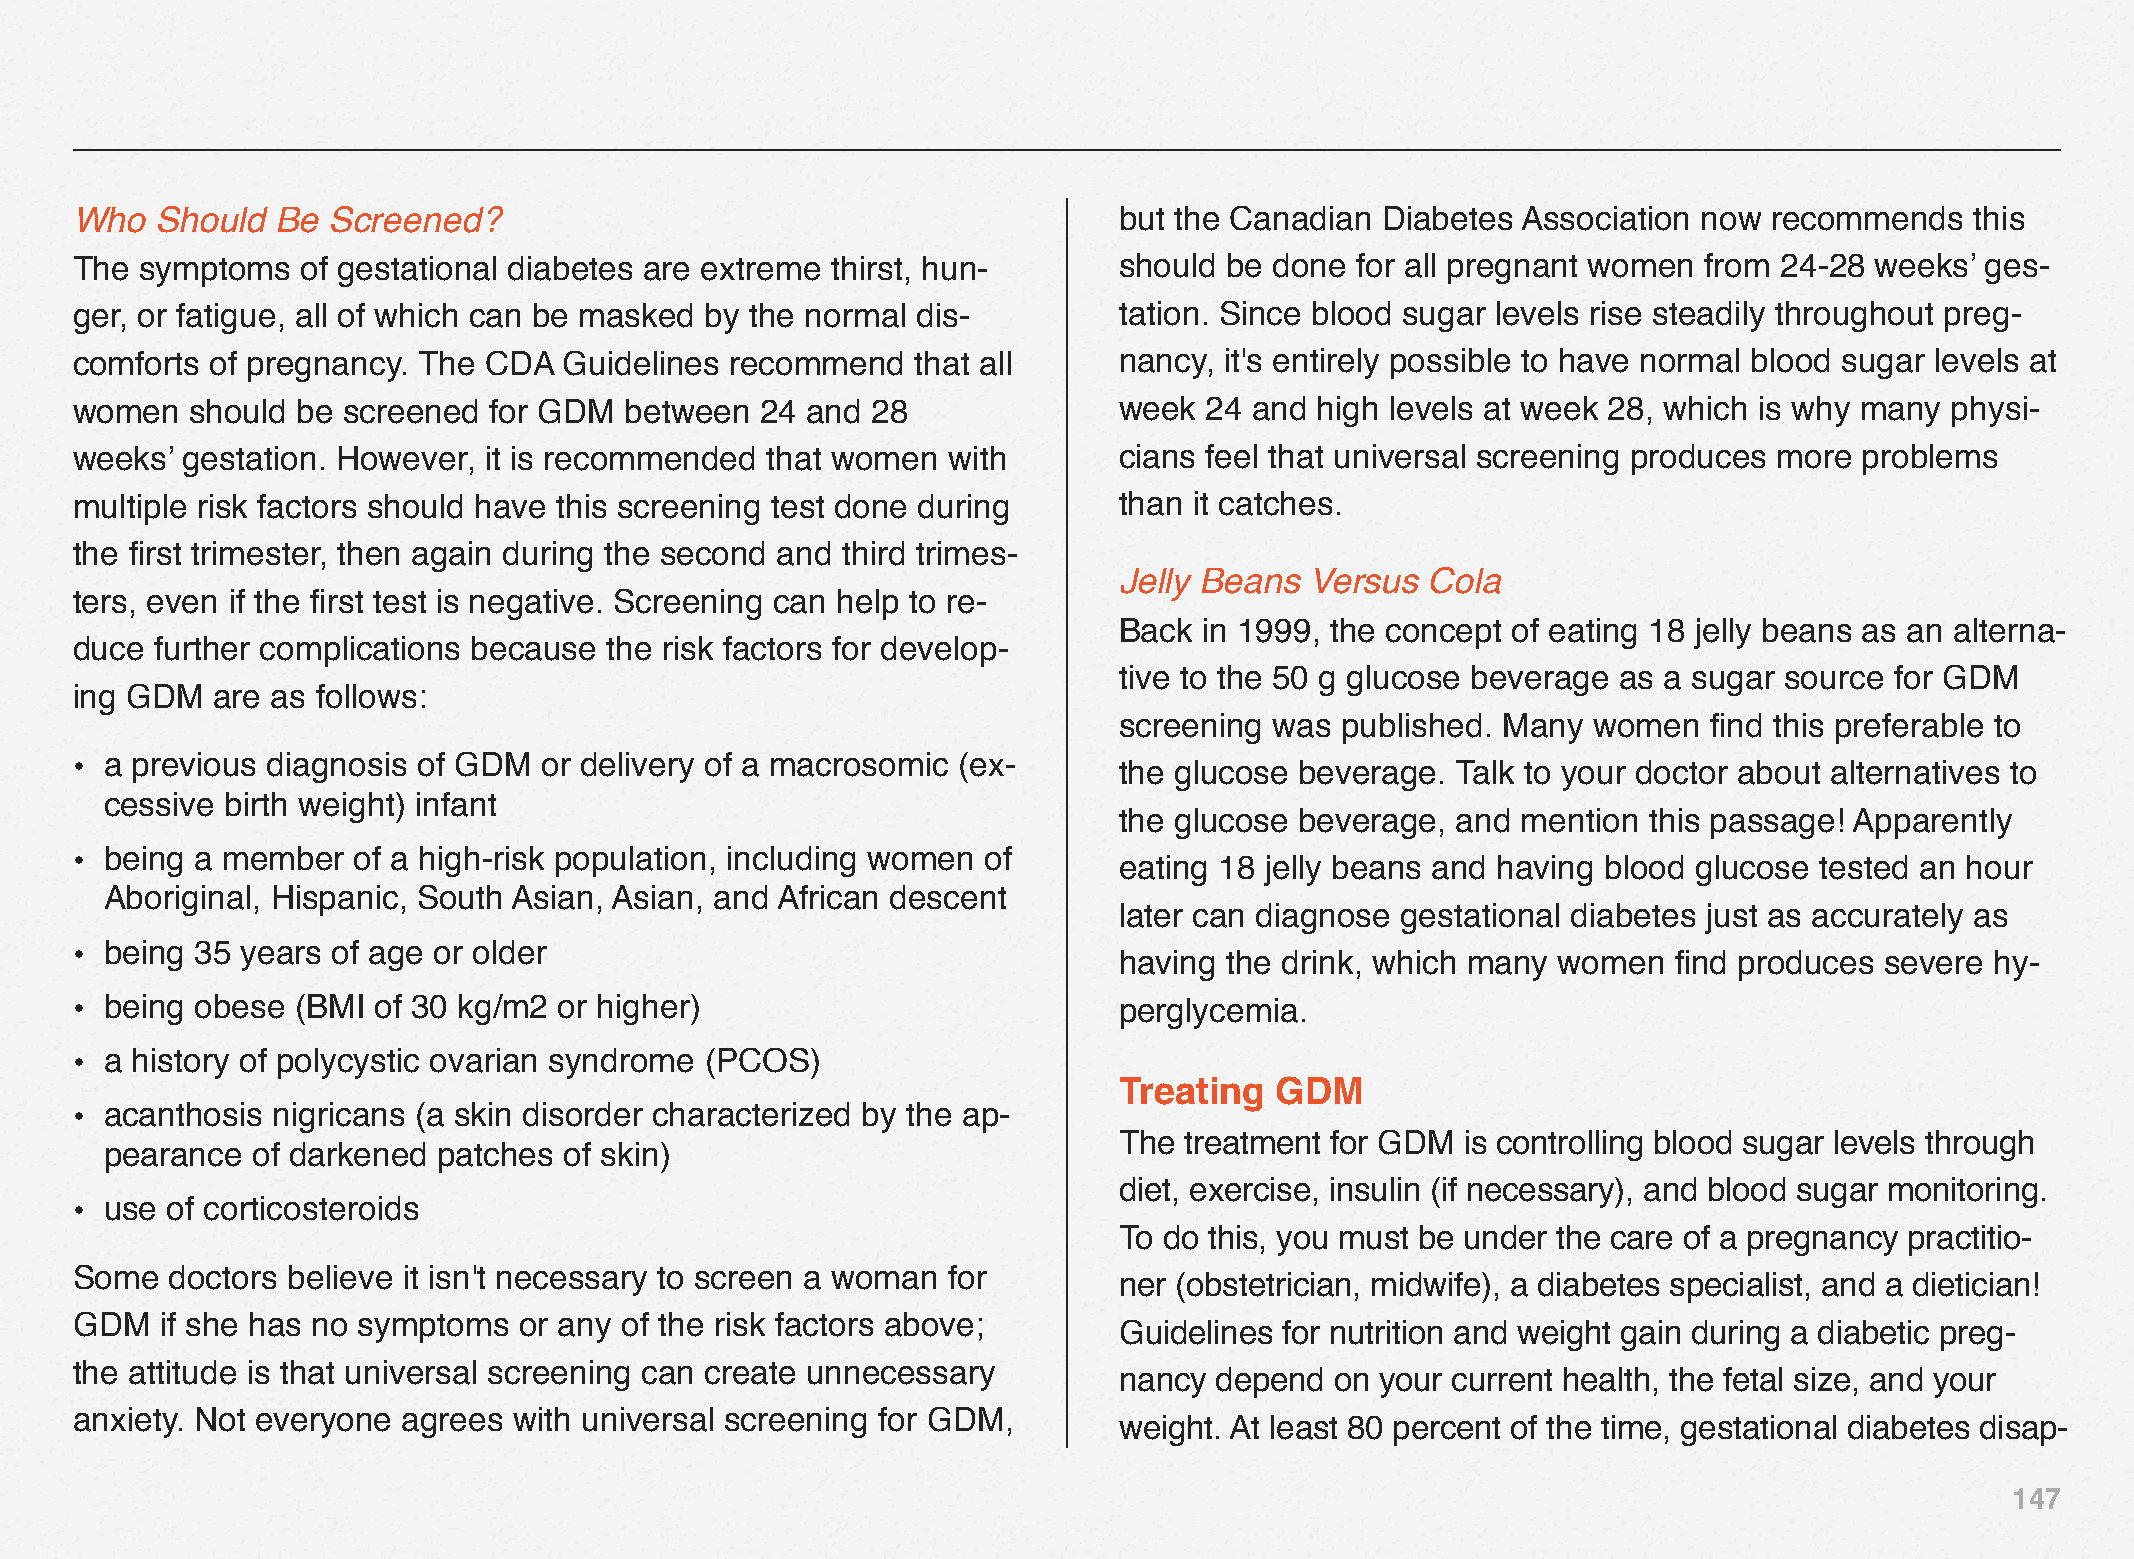
Who  Should  Be  Screened?                                           but the Canadian Diabetes  Association now recommends    this
 The symptoms   of gestational diabetes are extreme thirst, hun-      should be done  for all pregnant women from 24‒28 weeks’ ges-
 ger, or fatigue, all of which can be masked by the normal dis-       tation. Since blood sugar levels rise steadily throughout preg-
 comforts of pregnancy. The CDA  Guidelines recommend    that all     nancy, it's entirely possible to have normal blood sugar levels at
 women   should be screened for GDM  between  24 and  28              week  24 and high levels at week 28, which is why many physi-
 weeks’ gestation. However, it is recommended  that women  with       cians feel that universal screening produces more problems
 multiple risk factors should have this screening test done during    than it catches.
 the first trimester, then again during the second and third trimes-
 Jelly Beans  Versus  Cola
 ters, even if the first test is negative. Screening can help to re-
 Back  in 1999, the concept of eating 18 jelly beans as an alterna-
 duce further complications because the risk factors for develop-
 tive to the 50 g glucose beverage as a sugar source for GDM
 ing GDM  are as follows:
 screening was  published. Many women   find this preferable to
 • a previous diagnosis of GDM  or delivery of a macrosomic (ex-      the glucose beverage. Talk to your doctor about alternatives to
 cessive birth weight) infant
 the glucose beverage, and  mention this passage! Apparently
 • being a member  of a high-risk population, including women of
 eating 18 jelly beans and having blood glucose tested an hour
 Aboriginal, Hispanic, South Asian, Asian, and African descent
 later can diagnose gestational diabetes just as accurately as
 • being 35 years of age or older
 having the drink, which many women   find produces severe hy-
 • being obese  (BMI of 30 kg/m2 or higher)                           perglycemia.
 • a history of polycystic ovarian syndrome (PCOS)
 Treating  GDM
 • acanthosis nigricans (a skin disorder characterized by the ap-
 The treatment for GDM  is controlling blood sugar levels through
 pearance  of darkened patches of skin)
 diet, exercise, insulin (if necessary), and blood sugar monitoring.
 • use of corticosteroids
 To do this, you must be under the care of a pregnancy practitio-
 Some  doctors believe it isn't necessary to screen a woman for
 ner (obstetrician, midwife), a diabetes specialist, and a dietician!
 GDM   if she has no symptoms or any of the risk factors above;
 Guidelines for nutrition and weight gain during a diabetic preg-
 the attitude is that universal screening can create unnecessary
 nancy depend  on your current health, the fetal size, and your
 anxiety. Not everyone agrees with universal screening for GDM,
 weight. At least 80 percent of the time, gestational diabetes disap-
 147